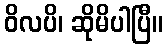
ဝိလပိ၊ ဆိုမိပါပြီ။